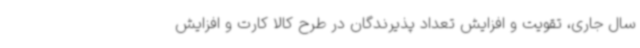
سال جاری، تقویت و افزایش تعداد پذیرندگان در طرح کالا کارت و افزایش